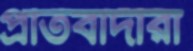
প্রতিবাদীরা